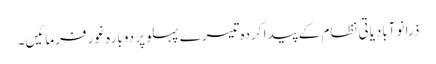
ذرا نوآبادیاتی نظام کے پیدا کردہ تیسرے پہلو پر دوبارہ غور فرمائیں۔